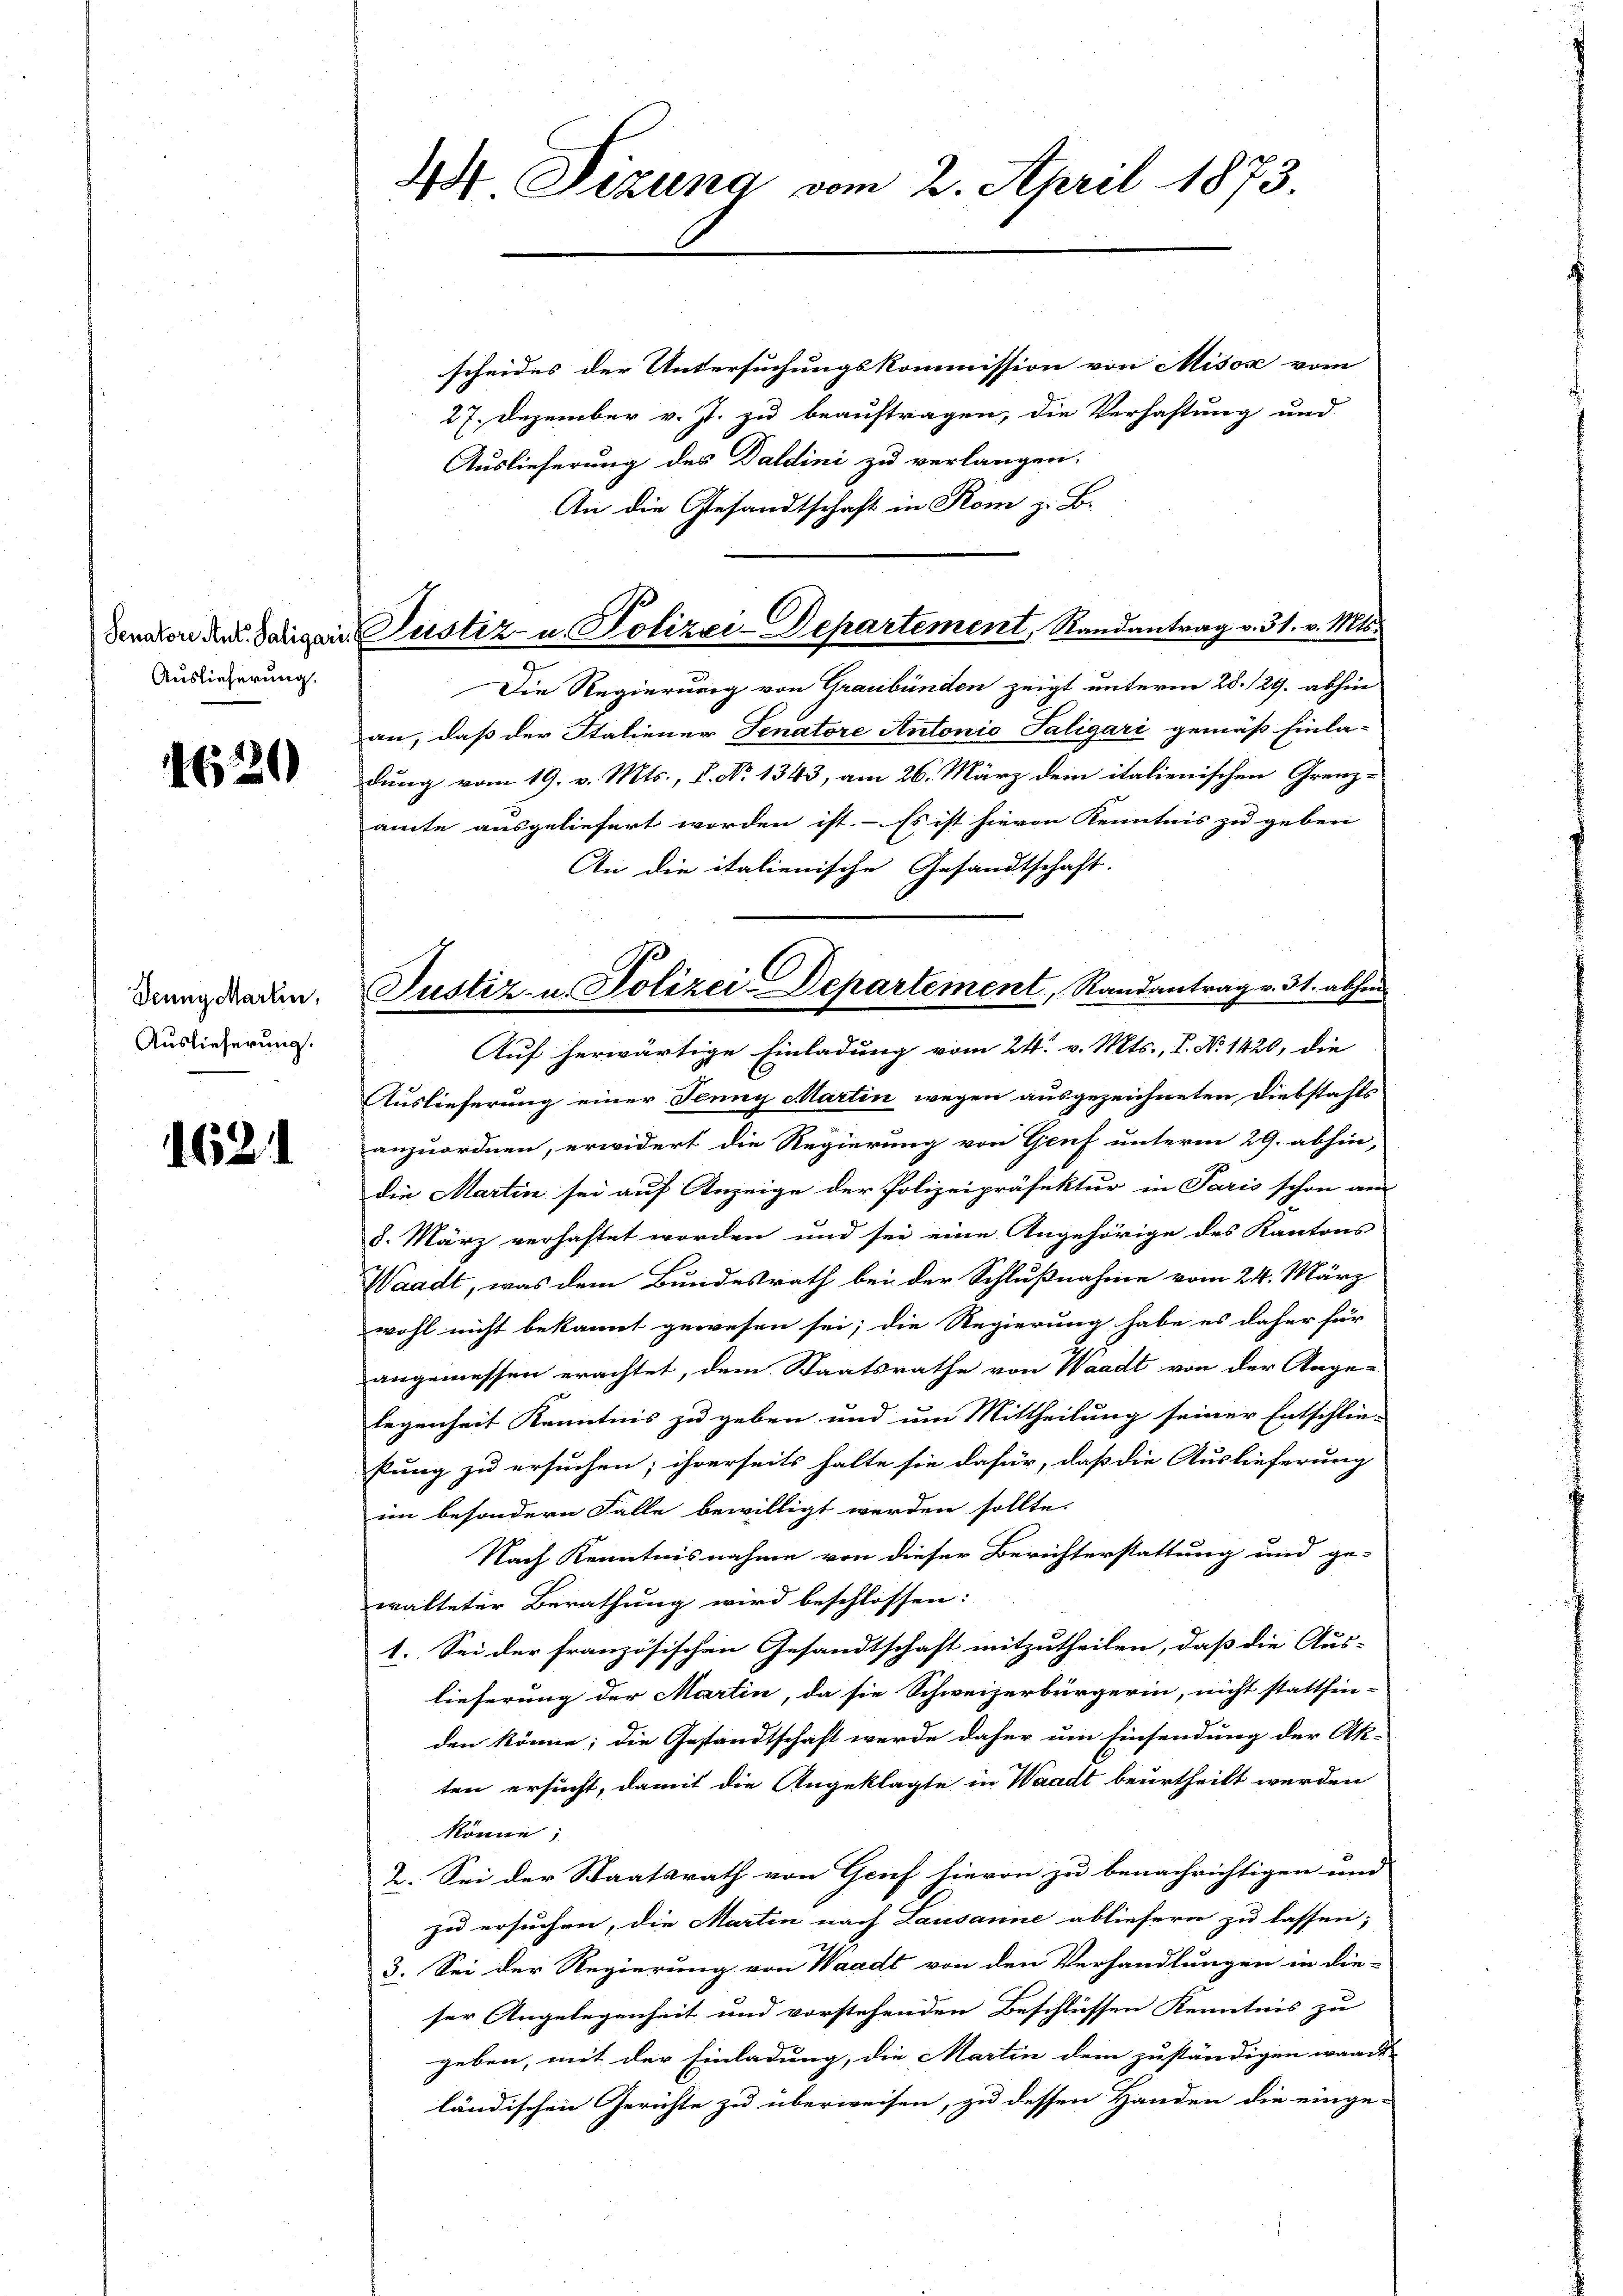
Auslieferung.

1630

Deung charlin,
Auslieferung.

1621

44 Sizung vom 2. April 1873.

denator den Tagen Justiz- u. Polizei-Departement, Randantrag v. 31. v. Mts.

scheides der Untersuchungskommission von Misos vom
27. Dezember v. J. zu beauftragen, die Verhaftung und
Auslieferung des Daldini zu verlangen.
An die Gesandtschaft in Rom z. B.
Die Regierung von Graubünden zeigt unterm 28. 129. abhin
an, daß der Italiener Senatore Antonio Saligari gemäß Einla-
dung vom 19. v. Mts., P. No 1343, am 26. März dem italienischen Grenz-
amte ausgeliefert worden ist. - Es ist hievon Kenntnis zu geben
An die italienische Gesandtschaft.
Auslieferung einer Jenny Martin wegen ausgezeichneten Diebstahls
anzuordnen, erwidert die Regierung von Genf unterm 29. abhin,
die Martin sei auf Anzeige der Polizeipräfektur in Paris schon am
8. März verhaftet worden und sei eine Angehörige des Kantons
Waadt, was dem Bundesrath bei der Schlußnahme vom 24. März
wohl nicht bekannt gewesen sei; die Regierung habe es daher für
angemessen erachtet, dem Staatsrathe von Waadt von der Ange-
legenheit Kenntnis zu geben und um Mittheilung seiner Entschlie-
sung zu ersuchen; ihrerseits halte sie dafür, daß die Auslieferung
ein besondern Falle bewilligt werden sollte.
Nach Kenntnisnahme von dieser Berichterstattung und ge-
walteter Berathung wird beschlossen:
1. Sei der französischen Gesandtschaft mitzutheilen, dass die Aus- |
lieferung der Martin, da sie Schweizerbürgerin, nicht stattfin-
den könne; die Gestandtschaft werde daher um Einsendung der Ak-
ten ersucht, damit die Angeklagte in Waadt beurtheilt werden
könne
2. Sei der Staatsrath von Grief hievon zu benachrichtigen und
zu ersuchen, die Martin nach Lausanne abliefern zu lassen;
3. Sei der Regierung von Waadt von den Verhandlungen in die-
ser Angelegenheit und vorstehenden Beschlüssen Kenntnis zu
geben, mit der Einladung, die Martin dem zuständigen warde-
ländischen Gerichte zu überweisen, zu dessen Handen die einge-

Justiz- u. Polizei-Departement, Randantrag v. 31. abhin
Auf herwärtige Einladung vom 24. v. Mts., P. No 1420, die